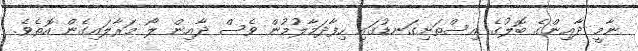
ނާމީ ދާއިންގެ ބޮލުގެ އިސްތަށިގަނޑުގައި ހިފާދަމާލުމުން ވެސް ދާއިން ލޯ މަރާލައިގެން އޮތެވެ.